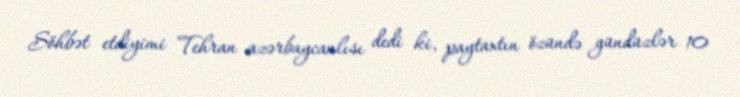
Söhbət etdiyimi Tehran azərbaycanlısı dedi ki, paytaxtın özündə gündüzlər 10